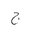
Letter: _gim